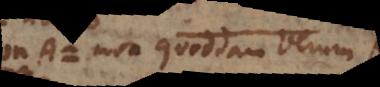
Non-A = non quoddam verum